Civil Veterinary Department. Madras. Admin. report 1926-33 - 1926-1933
Year: 1926
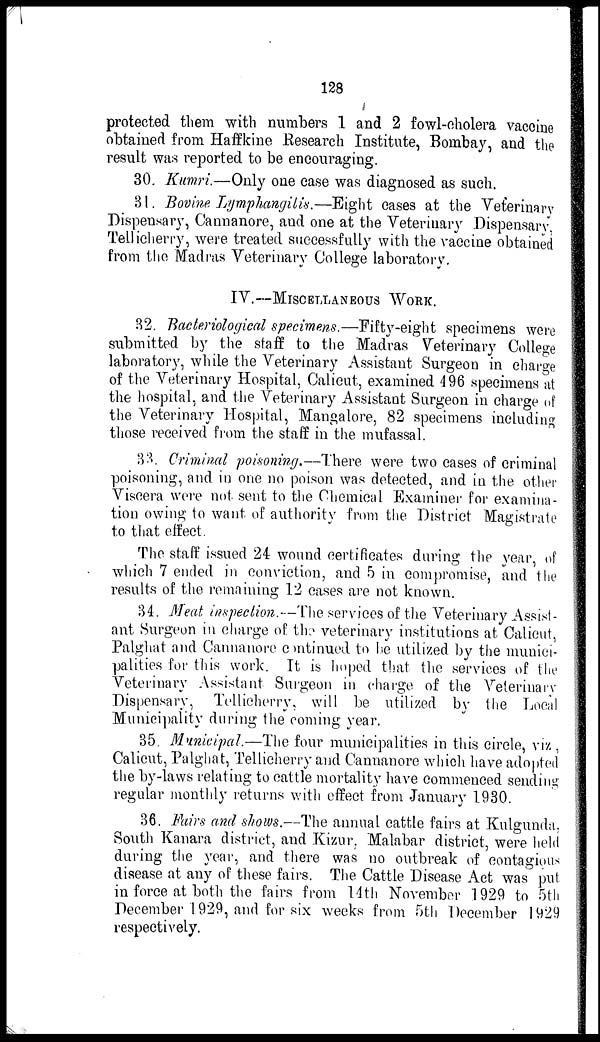
128
protected them with numbers 1 and 2 fowl-cholera vaccine
obtained from Haffkine Research Institute, Bombay, and the
result was reported to be encouraging.
30. Kumri.—Only one case was diagnosed as such.
31. Bovine Lymphangitis.—Eight cases at the Veterinary
Dispensary, Cannanore, and one at the Veterinary Dispensary,
Tellicherry, were treated successfully with the vaccine obtained
from the Madras Veterinary College laboratory.
IV.—MISCELLANEOUS
WORK.
32. Bacteriological specimens.—Fifty-eight specimens were
submitted by the staff to the Madras Veterinary College
laboratory, while the Veterinary Assistant Surgeon in charge
of the Veterinary Hospital, Calicut, examined 496 specimens at
the hospital, and the Veterinary Assistant Surgeon in charge of
the Veterinary Hospital, Mangalore, 82 specimens including
those received from the staff in the mufassal.
33. Criminal poisoning.—There were two cases of criminal
poisoning, and in one no poison was detected, and in the other
Viscera were not sent to the Chemical Examiner for examina-
tion owing to want of authority from the District Magistrate
to that effect.
The staff issued 24 wound certificates during the year, of
which 7 ended in conviction, and 5 in compromise, and the
results of the remaining 12 cases are not known.
34. Meat inspection.—The services of the Veterinary Assist-
ant Surgeon in charge of the veterinary institutions at Calicut,
Palghat and Cannanore continued to be utilized by the munici-
palities for this work. It is hoped that the services of the
Veterinary Assistant Surgeon in charge of the Veterinary
Dispensary, Tellicherry, will be utilized by the Local
Municipality during the coming year.
35. Municipal.—The four municipalities in this circle, viz ,
Calicut, Palghat, Tellicherry and Cannanore which have adopted
the by-laws relating to cattle mortality have commenced sending
regular monthly returns with effect from January 1930.
36. Fairs and shows.—The annual cattle fairs at Kulgunda,
South Kanara district, and Kizur. Malabar district, were held
during the year, and there was no outbreak of contagious
disease at any of these fairs. The Cattle Disease Act was put
in force at both the fairs from 14th November 1929 to 5th
December 1929, and for six weeks from 5th December 1929
respectively.